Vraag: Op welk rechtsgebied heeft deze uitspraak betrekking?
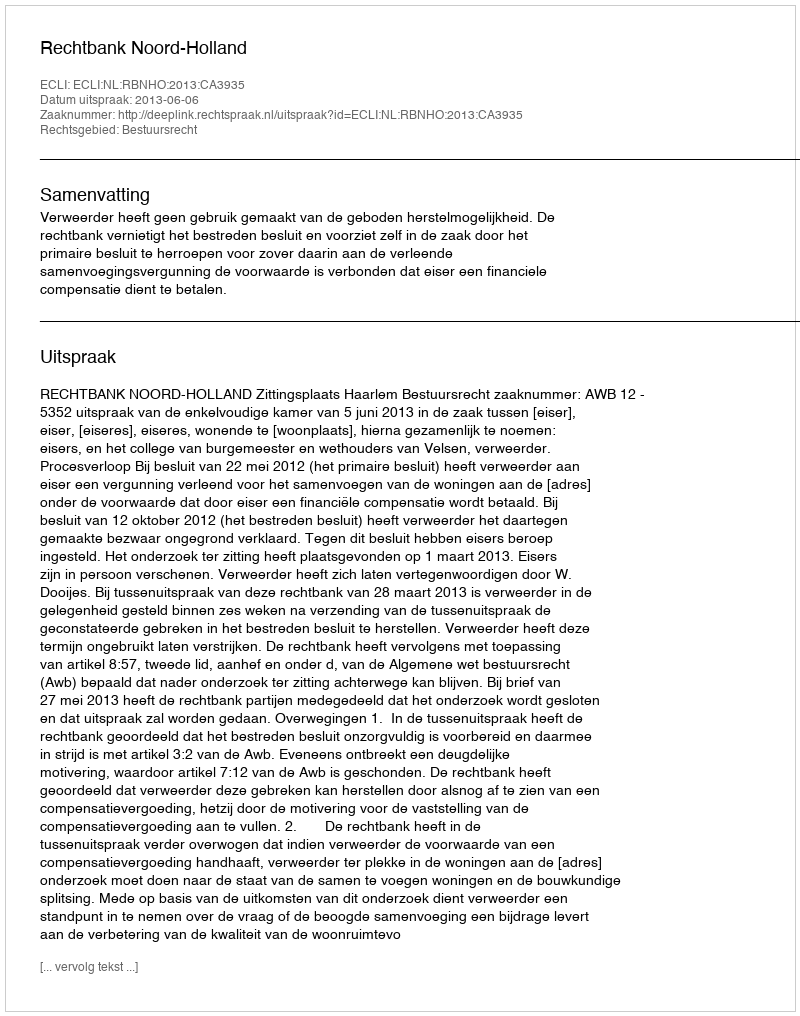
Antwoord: Bestuursrecht